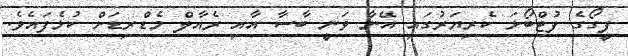
ފީގޯގެ ފުޓްބޯޅަ ކެރިޔަރުގައި އޭނާ ވަނީ ބާސާ އާއި ރެއާލް މެޑްރިޑަށް ކުޅެފައެވެ.